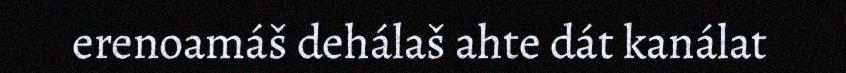
erenoamáš dehálaš ahte dát kanálat